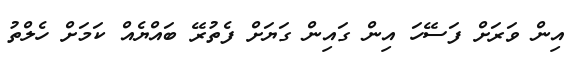
އިން ވަރަށް ފަސޭހަ އިން ގައިން ގަޔަށް ފެތުރޭ ބައްޔެއް ކަމަށް ހެލްތު